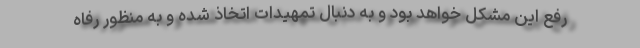
رفع این مشکل خواهد بود و به دنبال تمهیدات اتخاذ شده و به منظور رفاه